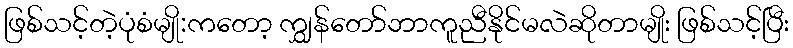
ဖြစ်သင့်တဲ့ပုံစံမျို:ကတော့ ကျွှန်တော်ဘာကူညီနိုင်မလဲဆိုတာမျိုး ဖြစ်သင့်ပြီး